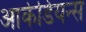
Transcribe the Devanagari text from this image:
आर्केडियन्स